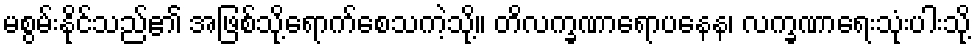
မစွမ်းနိုင်သည်၏ အဖြစ်သို့ရောက်စေသကဲ့သို့။ တိလက္ခဏာရောပနေန၊ လက္ခဏာရေးသုံးပါးသို့